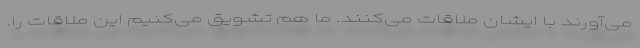
می‌آورند با ایشان ملاقات می‌کنند. ما هم تشویق می‌کنیم این ملاقات را.